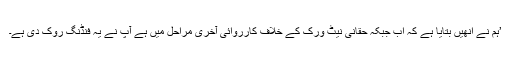
’ہم نے انھیں بتایا ہے کہ اب جبکہ حقانی نیٹ ورک کے خلاف کارروائی آخری مراحل میں ہے آپ نے یہ فنڈنگ روک دی ہے۔